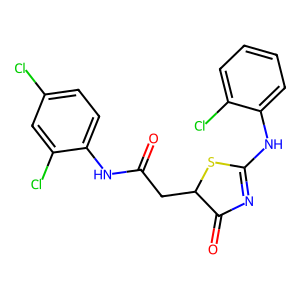
SMILES: O=C(CC1SC(Nc2ccccc2Cl)=NC1=O)Nc1ccc(Cl)cc1Cl
Inhibits HIV replication: No